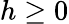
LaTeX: h\geq 0